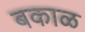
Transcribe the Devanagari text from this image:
बकाळ